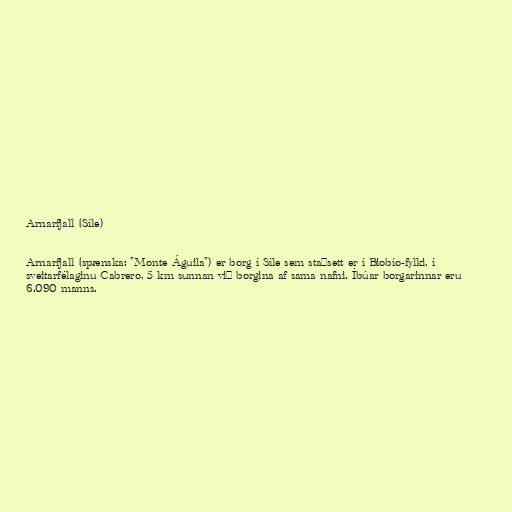
Arnarfjall (Síle)

Arnarfjall (spænska: "Monte Águila") er borg í Síle sem staðsett er í Biobío-fylki, í
sveitarfélaginu Cabrero, 5 km sunnan við borgina af sama nafni. Íbúar borgarinnar eru
6.090 manns.